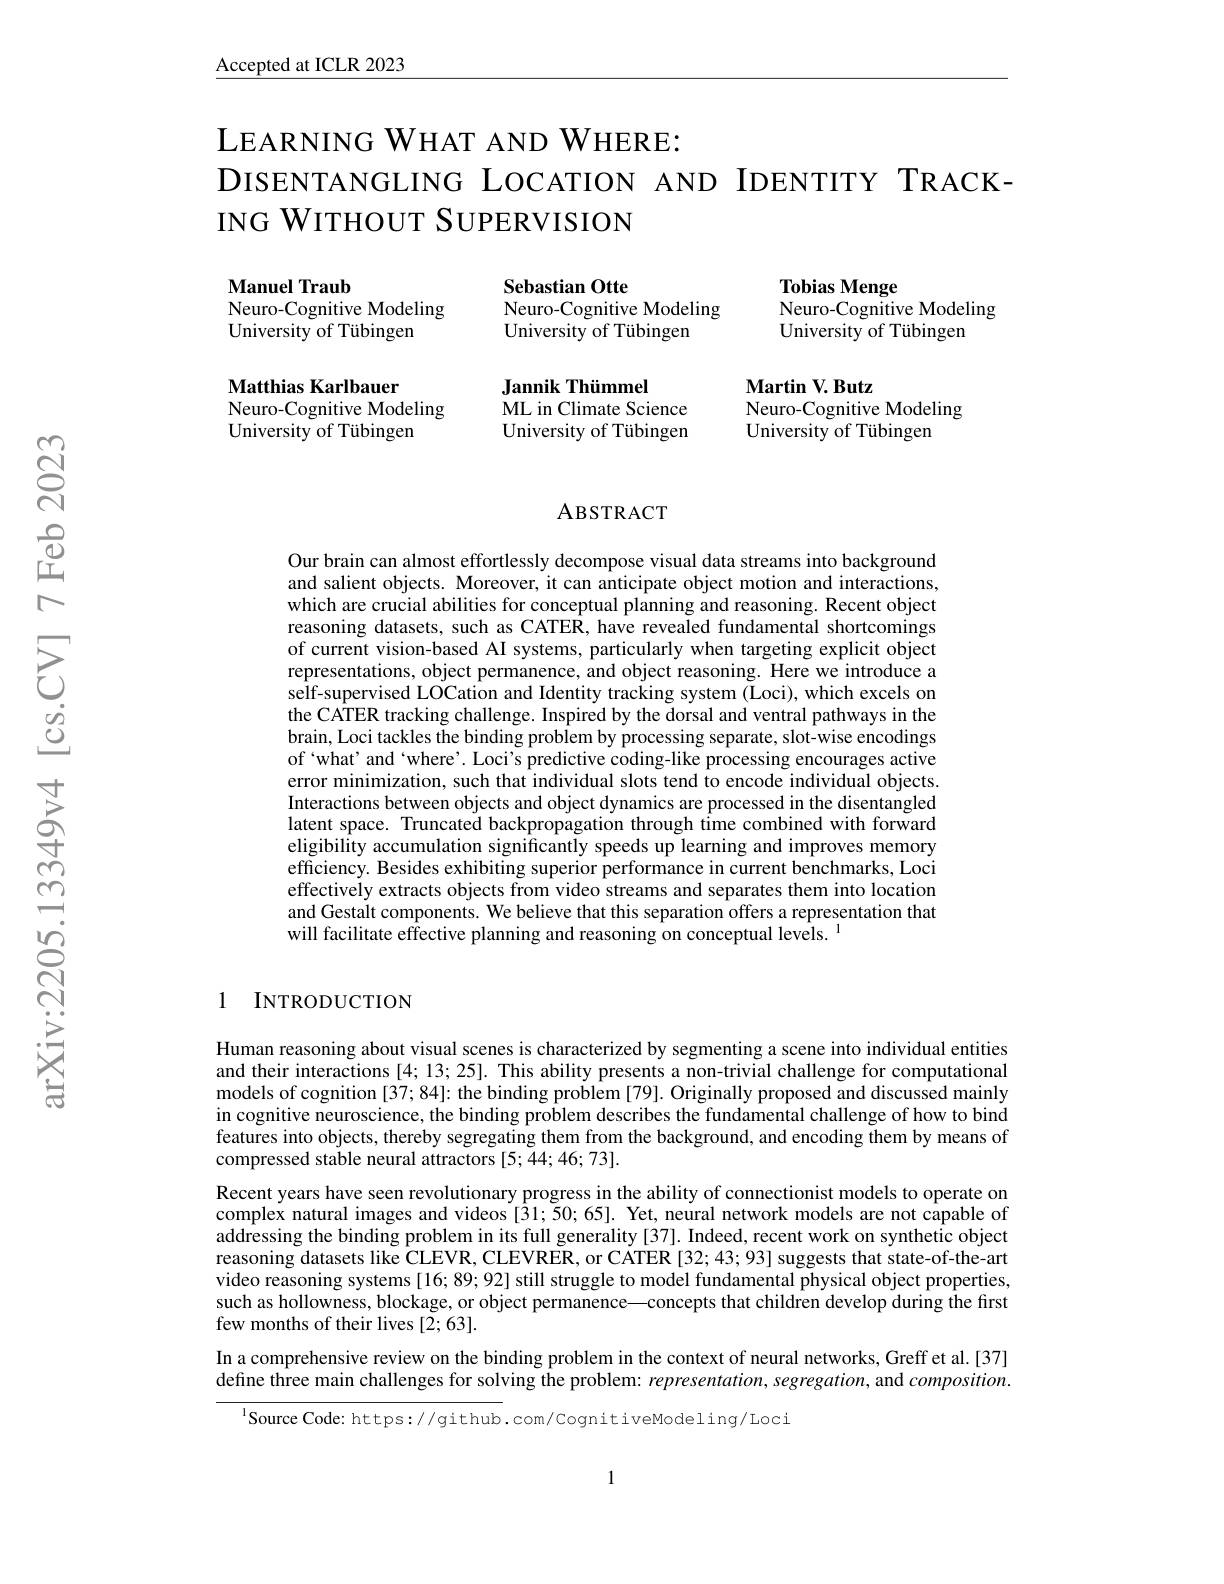
$\underline{\text{Accepted at ICLR 2023}}$

LЕАRNING WHAT AND WHERE:
DISENTANGLING LOCATION AND IDENTITY TRACK-
ING WITHOUT SUPERVISION

Sebastian Otte

Neuro-Cognitive Modeling

Manuel Traub
Neuro-Cognitive Modeling
University of Tübingen

Tobias Menge
Neuro-Cognitive Modeling
University of Tübingen

University of Tübingen

Jannik Thümmel

Matthias Karlbauer
Neuro-Cognitive Modeling
University of Tübingen

ML in Climate Science

Martin V. Butz
Neuro-Cognitive Modeling
University of Tübingen

University of Tübingen

### ABSTRACT

Our brain can almost effortlessly decompose visual data streams into background and salient objects. Moreover, it can anticipate object motion and interactions, which are crucial abilities for conceptual planning and reasoning. Recent object reasoning datasets, such as CATER, have revealed fundamental shortcomings of current vision-based AI systems, particularly when targeting explicit object representations, object permanence, and object reasoning. Here we introduce a self-supervised LOCation and Identity tracking system (Loci), which excels on the CATER tracking challenge. Inspired by the dorsal and ventral pathways in the brain, Loci tackles the binding problem by processing separate, slot-wise encodings of ‘what’ and‘where’. Loci's predictive coding-like processing encourages active error minimization, such that individual slots tend to encode individual objects. Interactions between objects and object dynamics are processed in the disentangled latent space. Truncated backpropagation through time combined with forward eligibility accumulation significantly speeds up learning and improves memory efficiency. Besides exhibiting superior performance in current benchmarks, Loci effectively extracts objects from video streams and separates them into location and Gestalt components. We believe that this separation offers a representation that will facilitate effective planning and reasoning on conceptual levels. $^{1}$

### 1 INTRODUCTION

Human reasoning about visual scenes is characterized by segmenting a scene into individual entities and their interactions [4; 13; 25]. This ability presents a non-trivial challenge for computational models of cognition [37; 84]: the binding problem [79]. Originally proposed and discussed mainly in cognitive neuroscience, the binding problem describes the fundamental challenge of how to bind features into objects, thereby segregating them from the background, and encoding them by means of compressed stable neural attractors [5; 44; 46; 73].
Recent years have seen revolutionary progress in the ability of connectionist models to operate on complex natural images and videos [31;50;65]. Yet, neural network models are not capable of addressing the binding problem in its full generality [37]. Indeed, recent work on synthetic object reasoning datasets like CLEVR, CLEVRER, or CATER [32; 43; 93] suggests that state-of-the-art video reasoning systems [16; 89; 92] still struggle to model fundamental physical object properties, such as hollowness, blockage, or object permanence——concepts that children develop during the first few months of their lives [2;63].
In a comprehensive review on the binding problem in the context of neural networks, Greff et al.[37] define three main challenges for solving the problem: representation, segregation, and $composition.$

$^{\mathrm{l}}$Source Code: https://github.com/cognitiveModeling/Loci

1